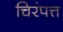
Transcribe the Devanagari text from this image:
चिरंपत्त